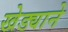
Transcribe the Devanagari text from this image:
खेड्याने